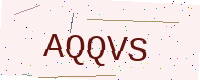
Text: AQQVS